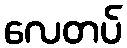
လေတပ်